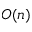
O ( n )